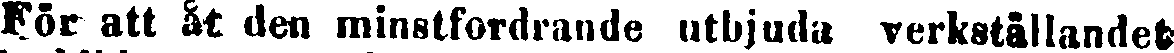
För att åt den minstfordrande utbjuda verkställandet